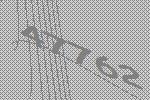
47762